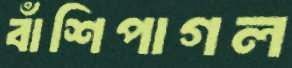
বাঁশিপাগল